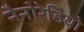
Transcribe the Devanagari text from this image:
नैनोरेडियो